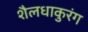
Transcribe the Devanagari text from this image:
शैलधाकुरंग